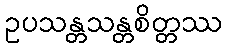
ဥပသန္တသန္တစိတ္တဿ